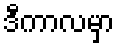
ဒီကာလမှာ